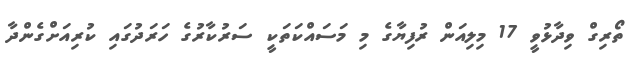
ތޯރިގް ވިދާޅުވީ 17 މިލިއަން ރުފިޔާގެ މި މަސައްކަތަކީ ސަރުކާރުގެ ހަރަދުގައި ކުރިއަށްގެންދާ